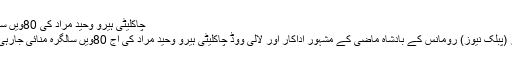
چاکلیٹی ہیرو وحید مراد کی 80ویں سالگرہ
لاہور (پبلک نیوز) رومانس کے بادشاہ ماضی کے مشہور اداکار اور لالی ووڈ چاکلیٹی ہیرو وحید مراد کی آج 80ویں سالگرہ منائی جارہی ہے۔